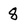
Character: 8